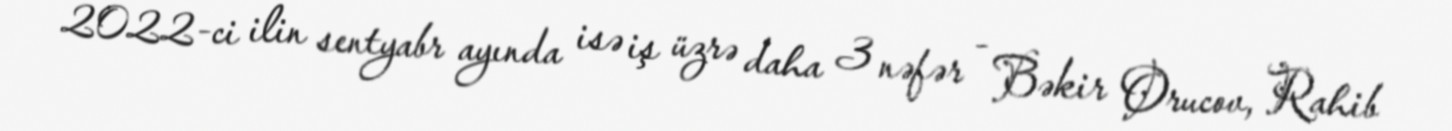
2022-ci ilin sentyabr ayında isə iş üzrə daha 3 nəfər - Bəkir Orucov, Rahib